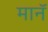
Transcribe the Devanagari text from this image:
मानॅ